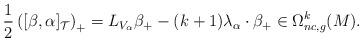
LaTeX: \begin{align*}\frac{1}{2} \left([\beta, \alpha]_{\mathcal{T}}\right)_+ = L_{V_{\alpha}} \beta_+ - (k+1) \lambda_{\alpha} \cdot \beta_+ \in \Omega^k_{nc,g}(M). \end{align*}